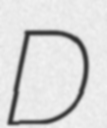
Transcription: D